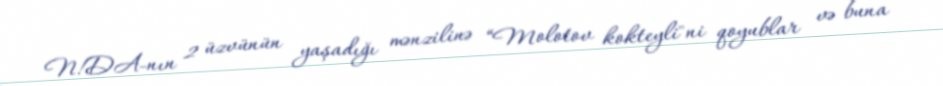
N!DA-nın 2 üzvünün yaşadığı mənzilinə “Molotov kokteyli"ni qoyublar və buna